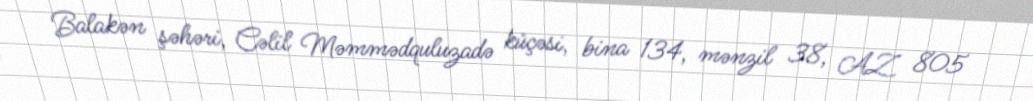
Balakən şəhəri, Cəlil Məmmədquluzadə küçəsi, bina 134, mənzil 38, AZ 805